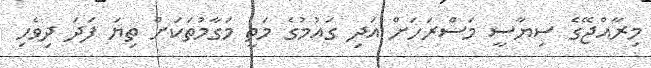
މިރާއްޖޭގެ ސިޔާސީ މަސްރަހަށް އަދި ގައުމުގެ މަތީ މަގާމުތަކަށް ތިޔަ ފަދަ ދިވެހި